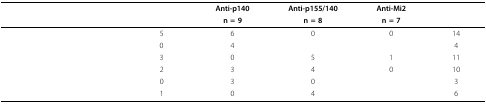
<table><thead><tr><td>[EMPTY_CELL]</td><td>[EMPTY_CELL]</td><td><b>Anti-p140</b></td><td><b>Anti-p155/140</b></td><td><b>Anti-Mi2</b></td><td>[EMPTY_CELL]</td></tr><tr><td>[EMPTY_CELL]</td><td>[EMPTY_CELL]</td><td><b>n = 9</b></td><td><b>n = 8</b></td><td><b>n = 7</b></td><td>[EMPTY_CELL]</td></tr></thead><tbody><tr><td>[EMPTY_CELL]</td><td>5</td><td>6</td><td>0</td><td>0</td><td>14</td></tr><tr><td>[EMPTY_CELL]</td><td>0</td><td>4</td><td>[EMPTY_CELL]</td><td>[EMPTY_CELL]</td><td>4</td></tr><tr><td>[EMPTY_CELL]</td><td>3</td><td>0</td><td>5</td><td>1</td><td>11</td></tr><tr><td>[EMPTY_CELL]</td><td>2</td><td>3</td><td>4</td><td>0</td><td>10</td></tr><tr><td>[EMPTY_CELL]</td><td>0</td><td>3</td><td>0</td><td>[EMPTY_CELL]</td><td>3</td></tr><tr><td>[EMPTY_CELL]</td><td>1</td><td>0</td><td>4</td><td>[EMPTY_CELL]</td><td>6</td></tr></tbody></table>